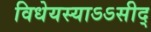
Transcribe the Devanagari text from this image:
विधेयस्याऽऽसीद्